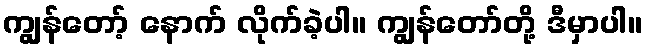
ကျွန်တော့် နောက် လိုက်ခဲ့ပါ။ ကျွန်တော်တို့ ဒီမှာပါ။